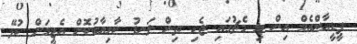
ޕީޑީއާރްއެމް އިން މި މެޗުގައި ޖެހި ތިން ލަނޑު ކާމިޔާބުކޮށް އެޓީމަށް ކުޅޭ